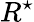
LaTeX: R^{\star}